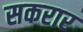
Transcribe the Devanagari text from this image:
सकरार